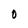
Character: O